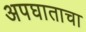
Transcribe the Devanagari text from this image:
अपघाताचा